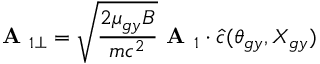
\textbf { A } _ { 1 \perp } = \sqrt { \frac { 2 \mu _ { g y } B } { m c ^ { 2 } } } \textbf { A } _ { 1 } \boldsymbol { \cdot } \hat { c } ( \theta _ { g y } , X _ { g y } )